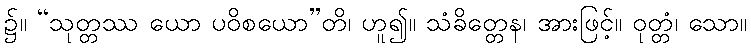
၌။ “သုတ္တဿ ယော ပဝိစယော”တိ၊ ဟူ၍။ သံခိတ္တေန၊ အားဖြင့်။ ဝုတ္တံ၊ သော။